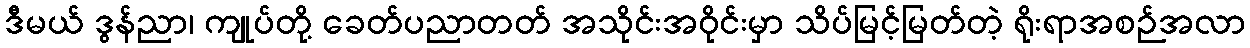
ဒီမယ် ဒွန်ညာ၊ ကျုပ်တို့ ခေတ်ပညာတတ် အသိုင်းအဝိုင်းမှာ သိပ်မြင့်မြတ်တဲ့ ရိုးရာအစဉ်အလာ